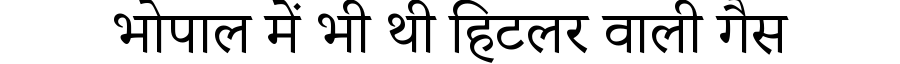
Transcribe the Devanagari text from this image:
भोपाल में भी थी हिटलर वाली गैस